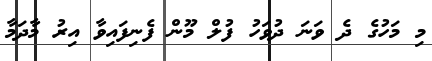
މި މަހުގެ ދެ ވަނަ ދުވަހު ފުލް މޫން ފެނިފައިވާ އިރު މާދަމާ